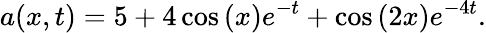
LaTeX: a(x,t)=5+4\cos\left(x\right)e^{-t}+\cos\left(2x\right)e^{-4t}.